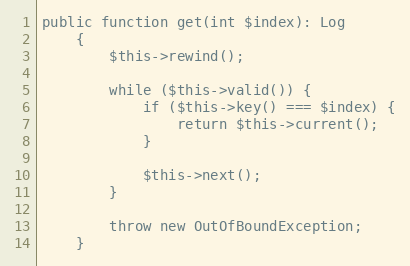
Language: PHP
public function get(int $index): Log
    {
        $this->rewind();

        while ($this->valid()) {
            if ($this->key() === $index) {
                return $this->current();
            }

            $this->next();
        }

        throw new OutOfBoundException;
    }